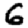
Digit: 6